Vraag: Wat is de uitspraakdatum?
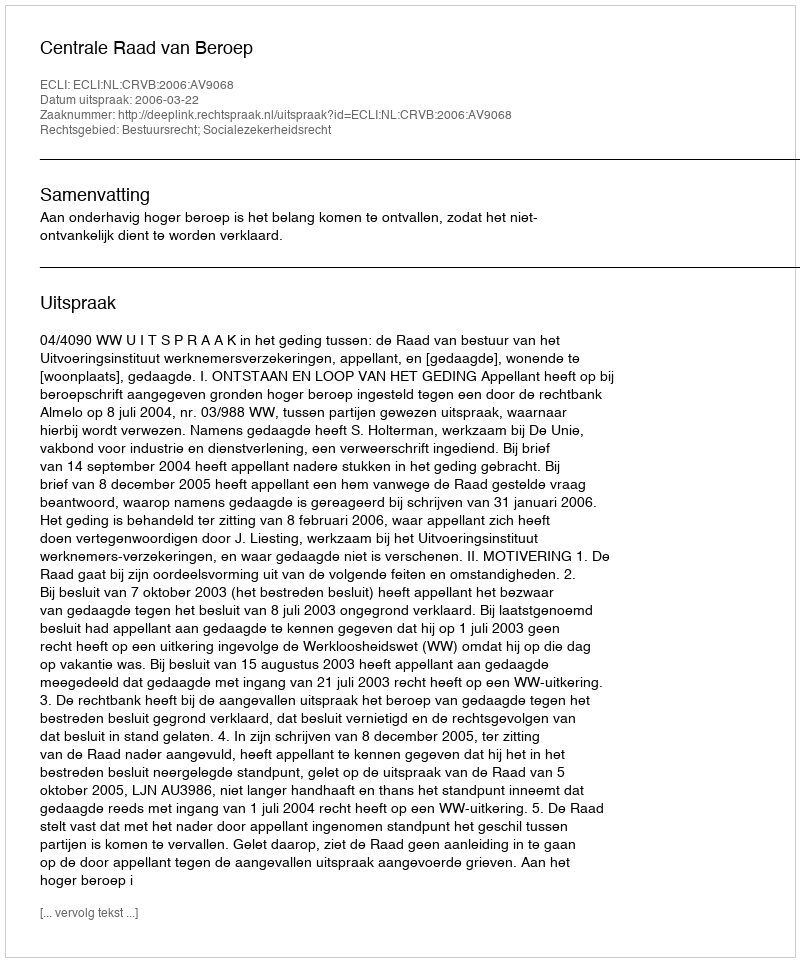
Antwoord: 2006-03-22